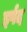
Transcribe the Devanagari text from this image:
इर्षद